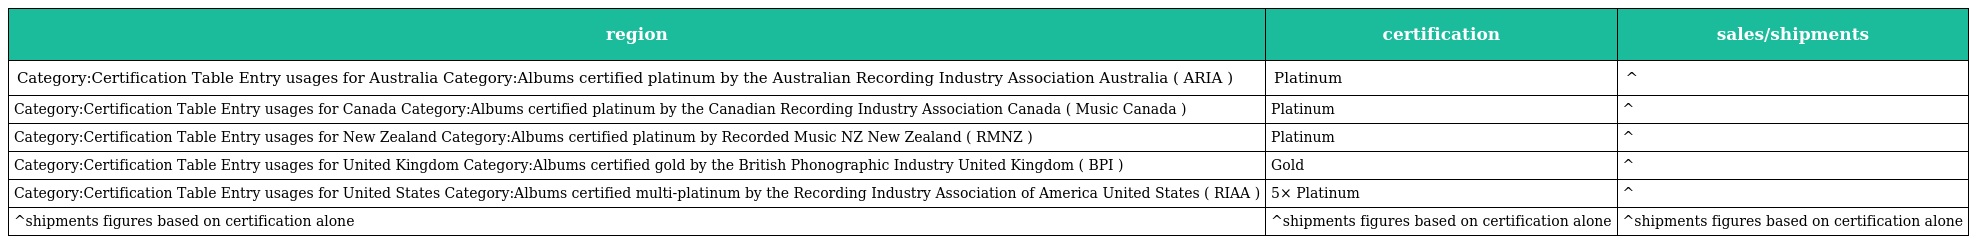
| region | certification | sales/shipments |
 | --- | --- | --- |
 | Category:Certification Table Entry usages for Australia Category:Albums certified platinum by the Australian Recording Industry Association Australia ( ARIA ) | Platinum | ^ |
 | Category:Certification Table Entry usages for Canada Category:Albums certified platinum by the Canadian Recording Industry Association Canada ( Music Canada ) | Platinum | ^ |
 | Category:Certification Table Entry usages for New Zealand Category:Albums certified platinum by Recorded Music NZ New Zealand ( RMNZ ) | Platinum | ^ |
 | Category:Certification Table Entry usages for United Kingdom Category:Albums certified gold by the British Phonographic Industry United Kingdom ( BPI ) | Gold | ^ |
 | Category:Certification Table Entry usages for United States Category:Albums certified multi-platinum by the Recording Industry Association of America United States ( RIAA ) | 5× Platinum | ^ |
 | ^shipments figures based on certification alone | ^shipments figures based on certification alone | ^shipments figures based on certification alone |